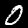
Label: 0